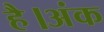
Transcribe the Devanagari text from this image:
है।अंक